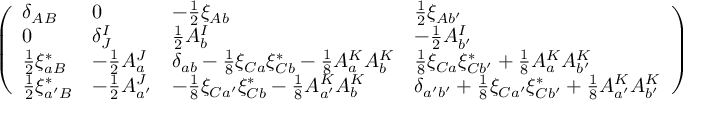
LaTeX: { \left( \begin{array} { l l l l } { { { \delta _ { A B } } } } & { { 0 } } & { { { - { \frac { 1 } { 2 } } \xi _ { A b } } } } & { { { { \frac { 1 } { 2 } } \xi _ { A b ^ { \prime } } } } } \\ { { 0 } } & { { { \delta _ { J } ^ { I } } } } & { { { { \frac { 1 } { 2 } } A _ { b } ^ { I } } } } & { { { - { \frac { 1 } { 2 } } A _ { b ^ { \prime } } ^ { I } } } } \\ { { { { \frac { 1 } { 2 } } \xi _ { a B } ^ { * } } } } & { { { - { \frac { 1 } { 2 } } A _ { a } ^ { J } } } } & { { { \delta _ { a b } - { \frac { 1 } { 8 } } \xi _ { C a } \xi _ { C b } ^ { * } - { \frac { 1 } { 8 } } A _ { a } ^ { K } A _ { b } ^ { K } } } } & { { { \frac { 1 } { 8 } } { \xi _ { C a } \xi _ { C b ^ { \prime } } ^ { * } + { \frac { 1 } { 8 } } A _ { a } ^ { K } A _ { b ^ { \prime } } ^ { K } } } } \\ { { { { \frac { 1 } { 2 } } \xi _ { a ^ { \prime } B } ^ { * } } } } & { { { - { \frac { 1 } { 2 } } A _ { a ^ { \prime } } ^ { J } } } } & { { { - { \frac { 1 } { 8 } } \xi _ { C a ^ { \prime } } \xi _ { C b } ^ { * } - { \frac { 1 } { 8 } } A _ { a ^ { \prime } } ^ { K } A _ { b } ^ { K } } } } & { { { \delta _ { a ^ { \prime } b ^ { \prime } } + { \frac { 1 } { 8 } } \xi _ { C a ^ { \prime } } \xi _ { C b ^ { \prime } } ^ { * } + { \frac { 1 } { 8 } } A _ { a ^ { \prime } } ^ { K } A _ { b ^ { \prime } } ^ { K } } } } \end{array} \right) }